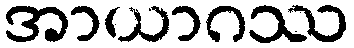
အာယာဂဿ